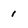
Character: 1